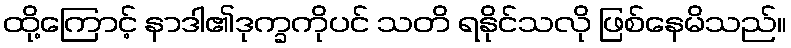
ထို့ကြောင့် နာဒါ၏ဒုက္ခကိုပင် သတိ ရနိုင်သလို ဖြစ်နေမိသည်။